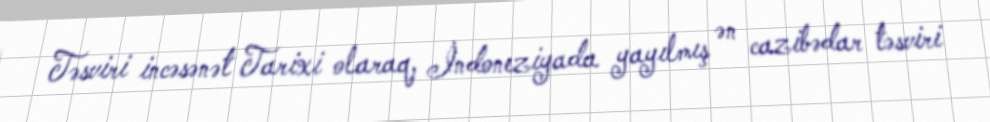
Təsviri incəsənət Tarixi olaraq, İndoneziyada yayılmış ən cazibədar təsviri